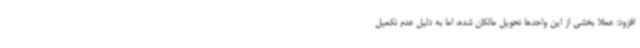
افزود: عملا بخشی از این واحدها تحویل مالکان شده، اما به دلیل عدم تکمیل